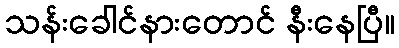
သန်းခေါင်နားတောင် နီးနေပြီ။